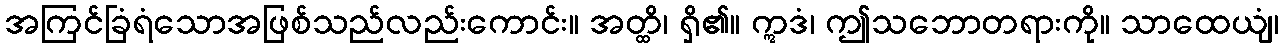
အကြင်ခြံရံသောအဖြစ်သည်လည်းကောင်း။ အတ္ထိ၊ ရှိ၏။ ဣဒံ၊ ဤသဘောတရားကို။ သာထေယျံ၊